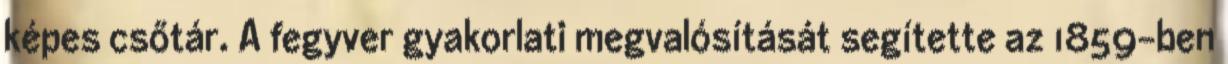
képes csőtár. A fegyver gyakorlati megvalósítását segítette az 1859-ben